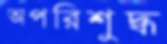
অপরিশুদ্ধ